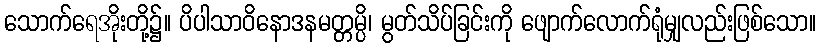
သောက်ရေအိုးတို့၌။ ပိပါသာဝိနောဒနမတ္တမ္ပိ၊ မွတ်သိပ်ခြင်းကို ဖျောက်လောက်ရုံမျှလည်းဖြစ်သော။